Medical and sanitary report of the native army of Bengal for the year
Year: 1876
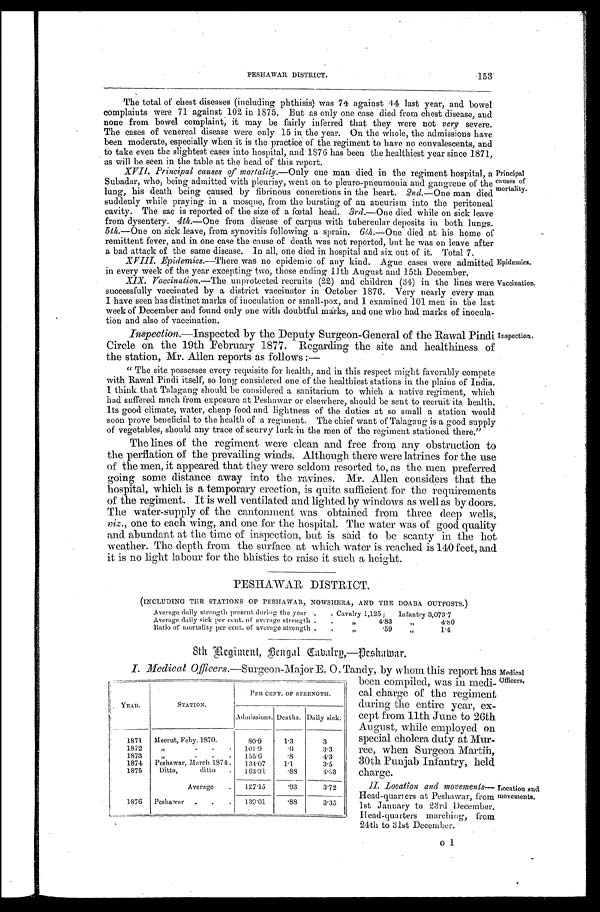
PESHAWAR DISTRICT.
153
Epidemics.
Vaccination.
The total of chest diseases (including phthisis) was 74 against 44 last year, and bowel
complaints were 71 against 102 in 1875. But as only one case died from chest disease, and
none from bowel complaint, it may be fairly inferred that they were not very severe.
The cases of venereal disease were only 15 in the year. On the whole, the admissions have
been moderate, especially when it is the practice of the regiment to have no convalescents, and
to take even the slightest eases into hospital, and 1876 has been the healthiest year since 1871,
as will be seen in the table at the head of this report.
XVII. Principal causes of mortality.—Only one man died in the regiment hospital, a
Subadar, who, being admitted with pleurisy, went on to pleuro-pneumonia and gangrene of the
lung, his death being caused by fibrinous concretions in the heart. 2nd. —One man died
suddenly while praying in a mosque, from the bursting of an aneurism into the peritoneal
cavity. The sac is reported of the size of a fœtal head. 3rd.—One died while on sick leave
from dysentery. 4th.—One from disease of carpus with tubercular deposits in both lungs.
5th.—One on sick leave, from synovitis following a sprain. 6th.—One died at his home of
remittent fever, and in one case the cause of death was not reported, but he was on leave after
a bad attack of the same disease. In all, one died in hospital and six out of it. Total 7.
XVIII. Epidemics.—There was no epidemic of any kind. Ague cases were admitted
in every week of the year excepting two, those ending 11th August and 15th December.
XIX. Vaccination.—The unprotected recruits (22) and children (34) in the lines were
successfully vaccinated by a district vaccinator in October 1876. Very nearly every man
I have seen has distinct marks of inoculation or small-pox, and I examined 101 men in the last
week of December and found only one with doubtful marks, and one who had marks of inocula
-tion and also of vaccination.
Inspection. —Inspected by the Deputy Surgeon-General of the Rawal Pindi
Circle on the 19th February 1877. Regarding the site and healthiness of
the station, Mr. Allen reports as follows:
—
"The site possesses every requisite for health, and in this respect might favorably compete
with Rawal Pindi itself, so long considered one of the healthiest stations in the plains of India.
I think that Talagang should be considered a sanitarium to which a native regiment, which
had suffered much from exposure at Peshawar or elsewhere, should be sent to recruit its health.
Its good climate, water, cheap food and lightness of the duties at so small a station would
soon prove beneficial to the health of a regiment. The chief want of Talagang is a good supply
of vegetables, should any trace of scurvy lurk in the men of the regiment stationed there,"
The lines of the regiment were clean and free from any obstruction to
the perflation of the prevailing winds. Although there were latrines for the use
of the men, it appeared that they were seldom resorted to, as the men preferred
going some distance away into the ravines. Mr. Allen considers that the
hospital, which is a temporary erection, is quite sufficient for the requirements
of the regiment. It is well ventilated and lighted by windows as well as by doors.
The water-supply of the cantonment was obtained from three deep wells,
viz., one to each wing, and one for the hospital. The water was of good quality
and abundant at the time of inspection, but is said to be scanty in the hot
weather. The depth from the surface at which water is reached is 140 feet, and
it is no light labour for the bhisties to raise it such a height.
PESHAWAR DISTRICT.
(INCLUDING THE STATIONS OF PESHAWAR, NOWSHERA, AND THE DOABA OUTPOSTS.)
Principal
c a u s e s o f mortality.
Inspection.
Average daily strength present during the year Cavalry 1,125; Infantry 3,073.7
Average daily sick per cent. of average strength „ 4.83 „
4.80
Ratio of mortality per cent. of average strength „ 59 „
1.4
8th Regiment, Bengal Cabalry—Peshawar.
I. Medical Officers. —Surgeon-Major E. O. Tandy, by whom this report has
been compiled, was in medi
-cal charge of the regiment
during the entire year, ex
-cept from 11th June to 26th
August, while employed on
special cholera duty at Mur
-ree, when Surgeon Martin,
30th Punjab Infantry, held
charge.
II. Location and movement
s — H e a d - q u a r t e r s a t P e s h a w a r , f r o m
1st January to 23rd December.
Head-quarters marching, from
24th to 31st December.
YEAR.
STATION.
PER CENT. OF STRENGTH.
Admissions. Deaths. Daily sick.
1 8 7 1
Meerut, Feby. 1870.
80.9
1.3
3
1872
„ 101.9
. 6
3.3
1873
„ 155.6
. 8
4.3
1874 Peshawar, March 1874
134.07
1.1
3.5
1875
Ditto, ditto
163.31
. 8 8
4.53
Average
127.15
. 9 3
3.72
1876 Peshawar
139.01
. 8 8
3.35
Medical
Officers.
Location and
movements.
o 1